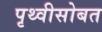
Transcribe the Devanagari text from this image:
पृथ्वीसोबत